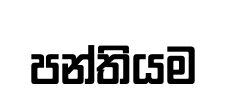
පන්තියම